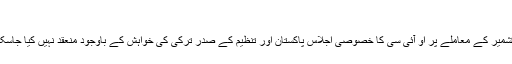
‘
تاہم کشمیر کے معاملے پر او آئی سی کا خصوصی اجلاس پاکستان اور تنظیم کے صدر ترکی کی خواہش کے باوجود منعقد نہیں کیا جاسکا ہے۔